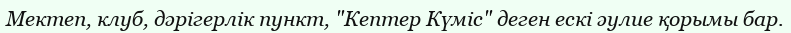
Мектеп, клуб, дәрігерлік пункт, "Кептер Күміс" деген ескі әулие қорымы бар.